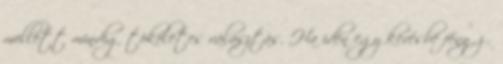
mellett mindig tökéletes választás. Ha idén egy kevésbé fényűző